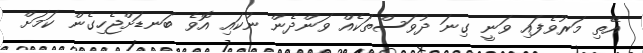
އޭތި މަރުވެފައި ވަނީ ގިނަ ދުވަސްތަކެއް ވަންދެން ނުކައި އޮވެ ބަނޑަށްޖެހިގެން ކަމަށް